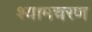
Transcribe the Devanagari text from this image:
श्यामचरण